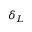
\delta _ { L }